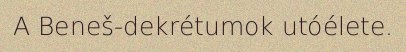
A Beneš-dekrétumok utóélete.